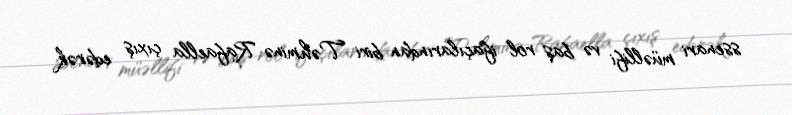
ssenari müəllifi və baş rol ifaçılarından biri Təhminə Rafaella çıxış edərək